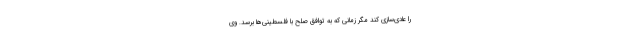
را عادی‌سازی کند مگر زمانی که به توافق صلح با فلسطینی‌ها برسد. وی